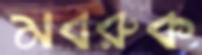
মবরুক